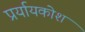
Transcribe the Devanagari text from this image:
प्रर्यायकोश